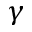
\gamma